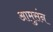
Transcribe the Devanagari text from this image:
आमुसंन